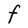
Character: F